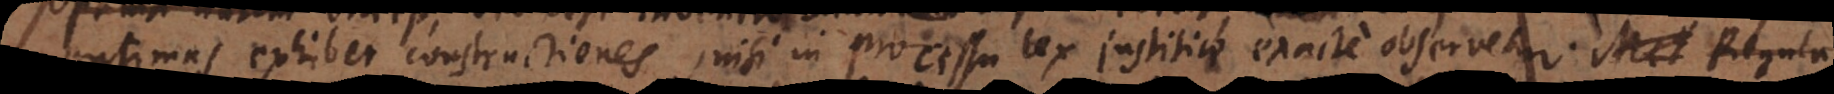
optimas exhibet constructiones, nisi in processu lex justitiae exacte observetur. Met Regul